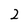
Character: 2